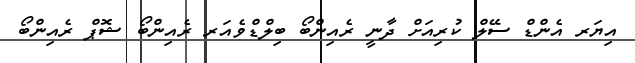
އިޔަރ އެންޑް ސޭލް ކުރިއަށް ދާނީ ރެއިންބޯ ބިލްޑްވެއަރ ރެއިންބޯ ޝޮޕް ރެއިންބޯ